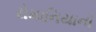
રોમાનિયાનો